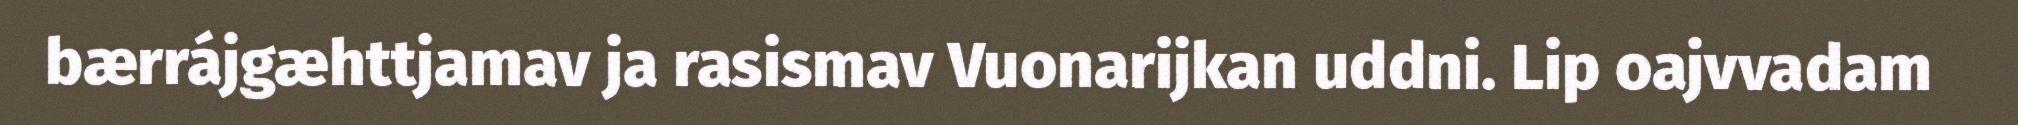
bærrájgæhttjamav ja rasismav Vuonarijkan uddni. Lip oajvvadam